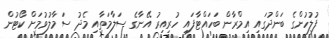
ފުލުހުންގެ ބަންދުގައި އިމްރާން ބަހައްޓާފައި ހުރިއިރު އޭނާގެ ސަލާމަތާއި މެދު ސަމާލުވުމަށް ކޯޓުން